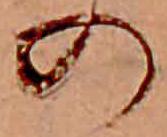
の